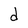
Character: d